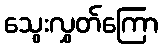
သွေးလွှတ်ကြော